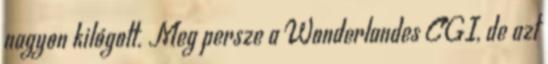
nagyon kilógott. Meg persze a Wonderlandes CGI, de azt